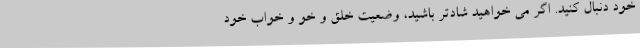
خود دنبال کنید. اگر می خواهید شادتر باشید، وضعیت خلق و خو و خواب خود